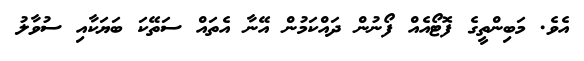
އެވެ. މަބިންތީގެ ފޮޓޯއެއް ފޯނުން ދައްކަމުން އޭނާ އެތައް ސަތޭކަ ބަޔަކާއި ސުވާލު